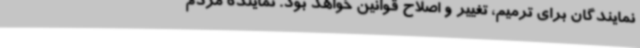
نمایندگان برای ترمیم، تغییر و اصلاح قوانین خواهد بود. نماینده مردم